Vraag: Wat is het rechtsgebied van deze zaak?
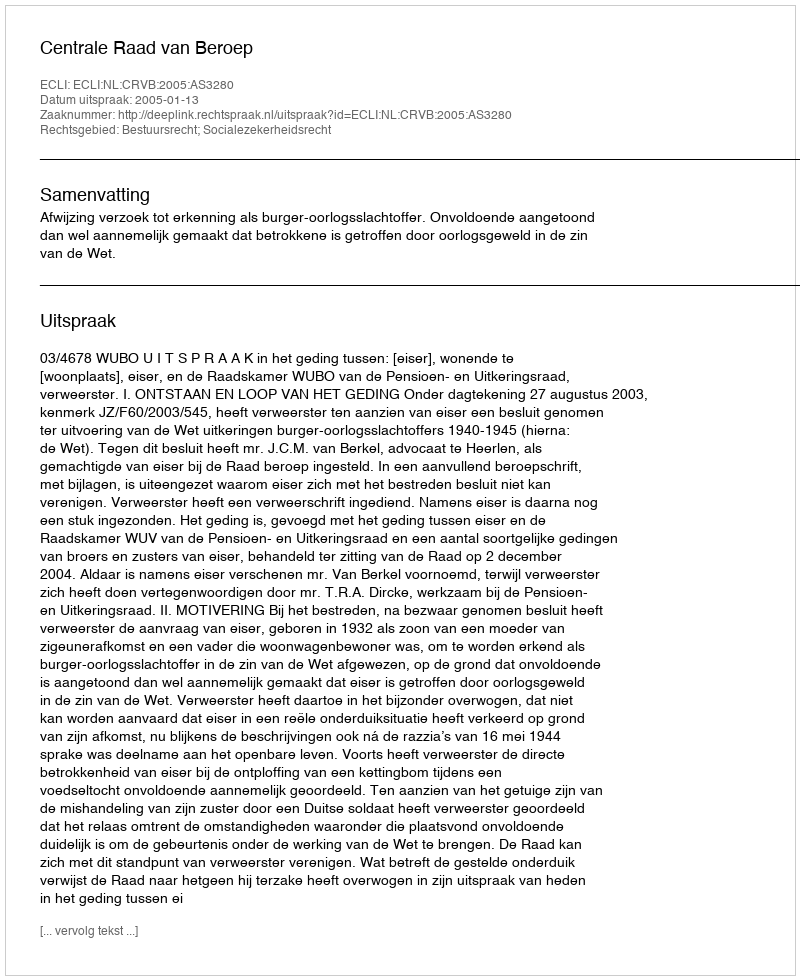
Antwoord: Bestuursrecht; Socialezekerheidsrecht